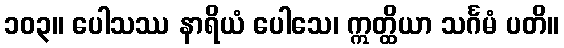
၁၀၃။ ပေါသဿ နာရိယံ ပေါသေ၊ ဣတ္ထိယာ သင်္ဂမံ ပတိ။